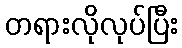
တရားလိုလုပ်ပြီး